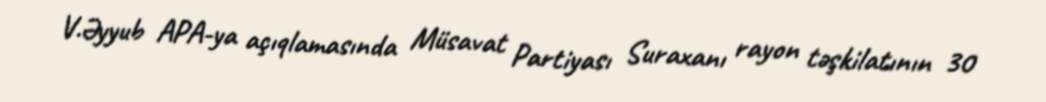
V.Əyyub APA-ya açıqlamasında Müsavat Partiyası Suraxanı rayon təşkilatının 30